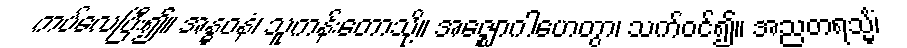
ကပ်လေပြီး၍။ အန္ဓဝနံ၊ သူကန်းတောသို့။ အဇ္ဈောဂါဟေတွာ၊ သက်ဝင်၍။ အညတရသ္မိံ၊